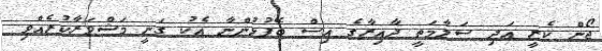
ޖޯން ކެރީ އަދި ސަލާމަތީ ދާއިރާގެ އިސް ބޭފުޅުންނާ އެކު ގަނީ މަޝްވަރާކުރެއްވި